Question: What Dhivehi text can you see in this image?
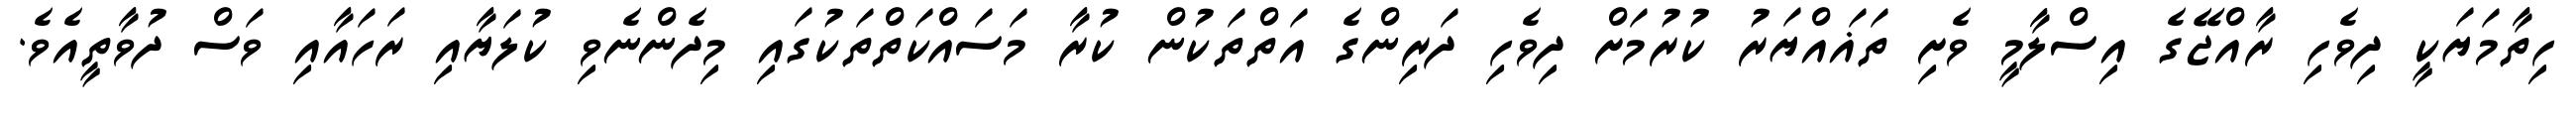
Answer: ހިތާމަޔަކީ ދިވެހި ރާއްޖޭގެ އިސްލާމީ ވެށި ތަޣައްޔަރު ކުރުމަށް ދިވެހި ދަރިންގެ އަތްތަކުން ކުރާ މަސައްކަތްތަކުގައި މިދެންނެވި ކުލަޔާއި ރަހައާއި ވަސް ދުވާތީއެވެ.